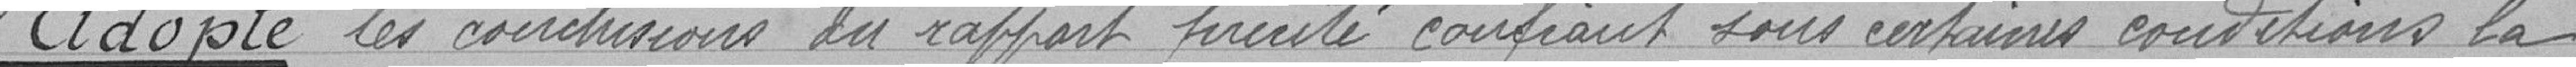
Adopte les conclusions du rapport précité confiant sous certaines conditions la